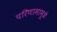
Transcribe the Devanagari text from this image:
परिणामामूळे